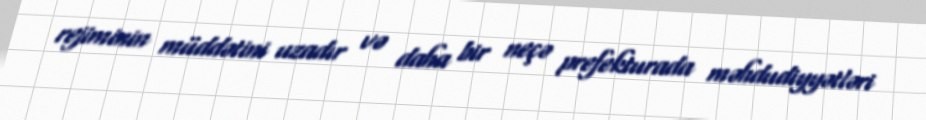
rejiminin müddətini uzadır və daha bir neçə prefekturada məhdudiyyətləri